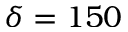
\delta = 1 5 0